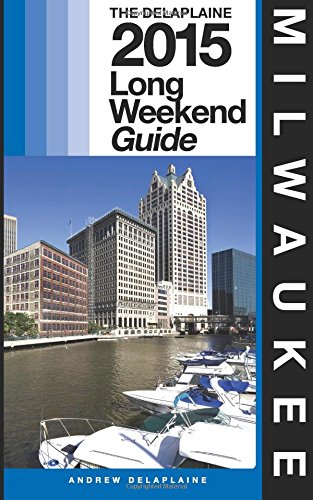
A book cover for MILWAUKEE - The Delaplaine 2015 Long Weekend Guide (Long Weekend Guides); Andrew Delaplaine; Travel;